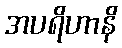
အပရိဟာနိ